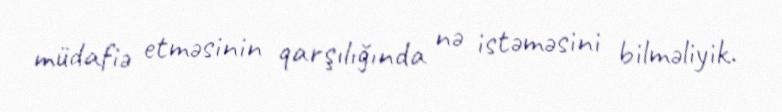
müdafiə etməsinin qarşılığında nə istəməsini bilməliyik.